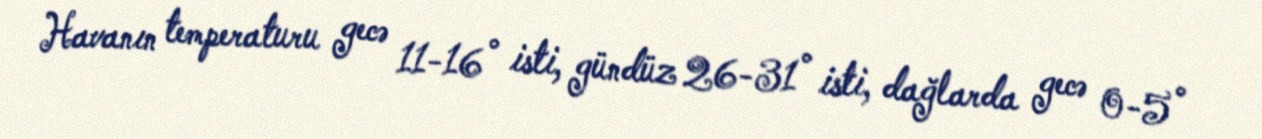
Havanın temperaturu gecə 11-16° isti, gündüz 26-31° isti, dağlarda gecə 0-5°